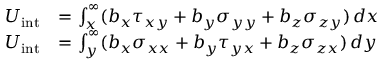
{ \begin{array} { r l } { U _ { \mathrm { { i n t } } } } & { = \int _ { x } ^ { \infty } ( b _ { x } \tau _ { x y } + b _ { y } \sigma _ { y y } + b _ { z } \sigma _ { z y } ) \, d x } \\ { U _ { \mathrm { { i n t } } } } & { = \int _ { y } ^ { \infty } ( b _ { x } \sigma _ { x x } + b _ { y } \tau _ { y x } + b _ { z } \sigma _ { z x } ) \, d y } \end{array} }